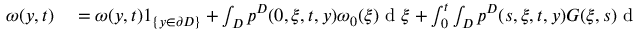
\begin{array} { r l } { \omega ( y , t ) } & { { } = \omega ( y , t ) 1 _ { \{ y \in \partial D \} } + \int _ { D } p ^ { D } ( 0 , \xi , t , y ) \omega _ { 0 } ( \xi ) \textrm { d } \xi + \int _ { 0 } ^ { t } \int _ { D } p ^ { D } ( s , \xi , t , y ) G ( \xi , s ) \textrm { d } \xi \textrm { d } s } \end{array}